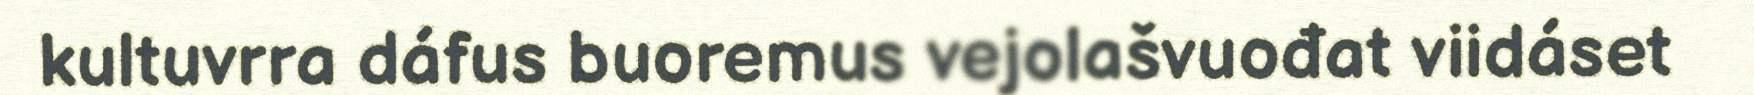
kultuvrra dáfus buoremus vejolašvuođat viidáset